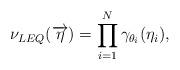
LaTeX: \begin{align*} \nu_{LEQ}(\overrightarrow{\eta}) = \prod_{i=1}^N \gamma_{\theta_i}(\eta_i),\end{align*}